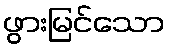
ဖွားမြင်သော